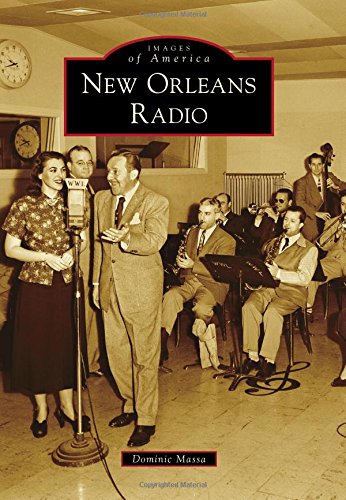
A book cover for New Orleans Radio (Images of America); Dominic Massa; Humor & Entertainment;